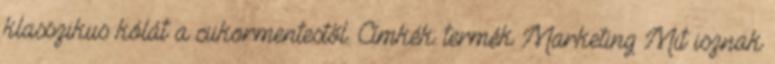
klasszikus kólát a cukormentestől. Címkék: termék Marketing Mit isznak